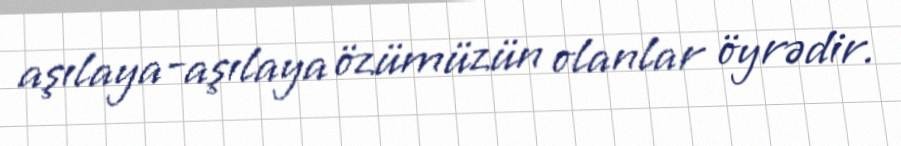
aşılaya-aşılaya özümüzün olanlar öyrədir.